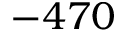
- 4 7 0